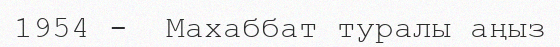
1954 -  Махаббат туралы аңыз